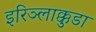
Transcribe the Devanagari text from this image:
इरिञ्लाक्कुडा